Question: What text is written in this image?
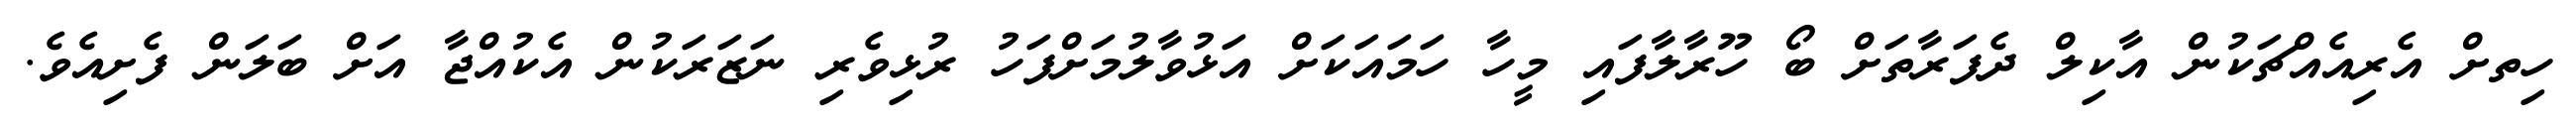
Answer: ހިތށް އެރިއެއްޗަކުން އާކިލް ދެފަރާތަށް ބޯ ހޫރާލާފައި މީހާ ހަމައަކަށް އަޅުވާލުމަށްފަހު ރުޅިވެރި ނަޒަރަކުން އެކުއްޖާ އަށް ބަލަން ފެށިއެވެ.